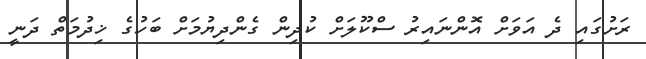
ރަށުގައި ދެ އަވަށް އޮންނައިރު ސްކޫލަށް ކުދިން ގެންދިޔުމަށް ބަހުގެ ޚިދުމަތް ދަނީ